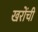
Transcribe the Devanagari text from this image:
खरोंची